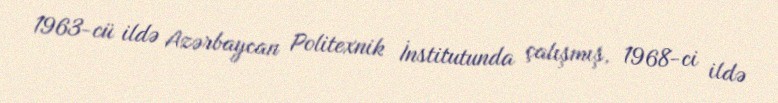
1963-cü ildə Azərbaycan Politexnik İnstitutunda çalışmış, 1968-ci ildə